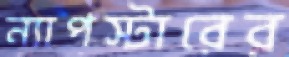
ন্যাপস্টারের